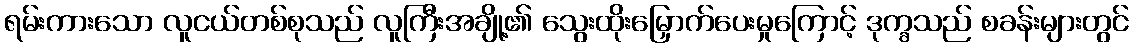
ရမ်းကားသော လူငယ်တစ်စုသည် လူကြီးအချို့၏ သွေးထိုးမြှောက်ပေးမှုကြောင့် ဒုက္ခသည် စခန်းများတွင်